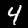
Label: 4